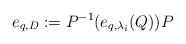
LaTeX: \begin{align*} e_{q,D}:=P^{-1} (e_{q,\lambda_i}(Q)) P \end{align*}